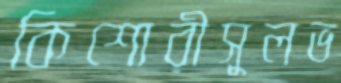
কিশোরীসুলভ